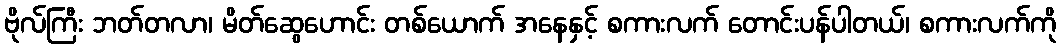
ဗိုလ်ကြီး ဘတ်တလာ၊ မိတ်ဆွေဟောင်း တစ်ယောက် အနေနှင့် စကားလက် တောင်းပန်ပါတယ်၊ စကားလက်ကို